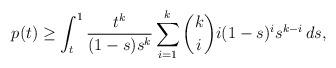
LaTeX: \begin{align*}p(t) \ge \int_{t}^{1} \frac{t^{k}}{(1-s)s^{k}}\sum_{i=1}^{k}\binom{k}{i} i(1-s)^{i} s^{k-i} \, ds, \end{align*}